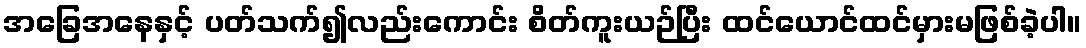
အခြေအနေနှင့် ပတ်သက်၍လည်းကောင်း စိတ်ကူးယဉ်ပြီး ထင်ယောင်ထင်မှားမဖြစ်ခဲ့ပါ။